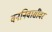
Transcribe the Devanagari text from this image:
वननिवासींवर